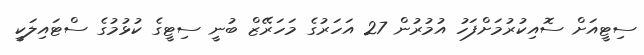
ސިޓީއަށް ސޮއިކުރުމަށްފަހު އުމުރުން 27 އަހަރުގެ މަހަރޭޒް ބުނީ ސިޓީގެ ކުޅުމުގެ ސްޓައިލަކީ